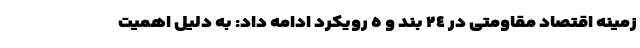
زمینه اقتصاد مقاومتی در ٢٤ بند و ٥ رویکرد ادامه داد: به دلیل اهمیت